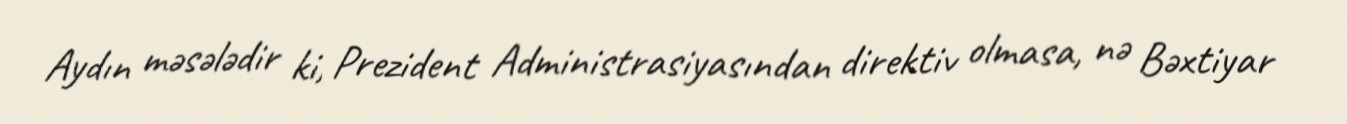
Aydın məsələdir ki, Prezident Administrasiyasından direktiv olmasa, nə Bəxtiyar